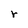
Character: r